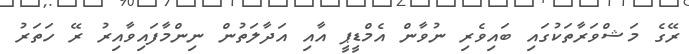
ރޭގެ މަޝްވަރާތަކުގައި ބައިވެރި ނުވާން އެމްޑީޕީ އާއި އަދާލަތުން ނިންމާފައިވާއިރު ރޭ ހަތަރު